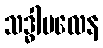
သဒ္ဓါဗလေန